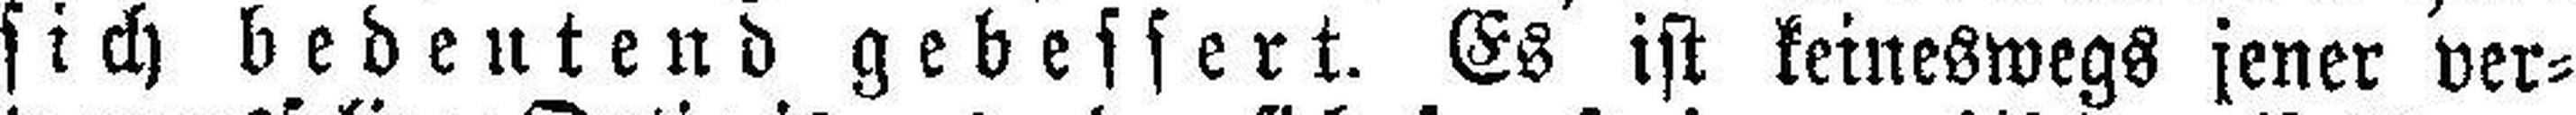
sich bedeutend gebessert. Es ist keineswegs jener ver¬